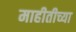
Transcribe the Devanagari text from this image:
माहीतीच्या